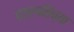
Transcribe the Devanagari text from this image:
छत्रपतिंच्या